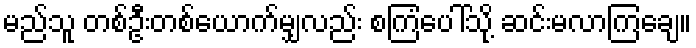
မည်သူ တစ်ဦးတစ်ယောက်မျှလည်း စကြံပေါ်သို့ ဆင်းမလာကြချေ။